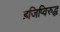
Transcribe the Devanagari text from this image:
इजिप्विरुद्ध